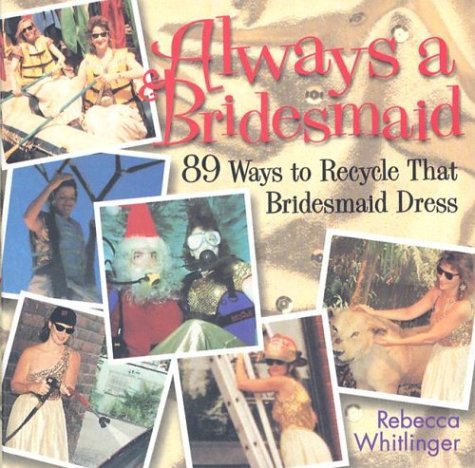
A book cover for Always A Bridesmaid: 89 Ways to Recycle That Bridesmaid Dress; Whitlinger; Crafts, Hobbies & Home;